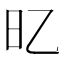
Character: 𣄻